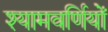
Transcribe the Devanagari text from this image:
श्यामवर्णियों